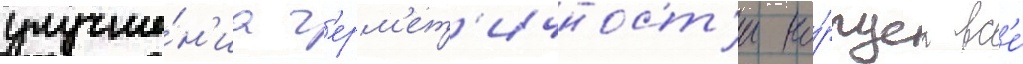
улучше́н'иа г'ерм'ет'ичност'и ко́рпуса вс'е́